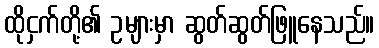
ထိုငှက်တို့၏ ဥများမှာ ဆွတ်ဆွတ်ဖြူနေသည်။